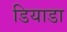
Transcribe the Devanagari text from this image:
डियाडा